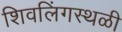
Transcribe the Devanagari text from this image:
शिवलिंगस्थळी